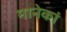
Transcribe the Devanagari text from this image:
मानेकां